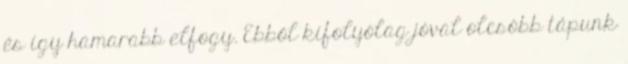
és így hamarabb elfogy. Ebből kifolyólag jóval olcsóbb tápunk